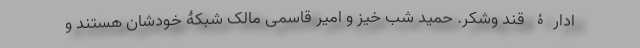
ادارۀ قند وشکر. حمید شب خیز و امیر قاسمی مالک شبکۀ خودشان هستند و